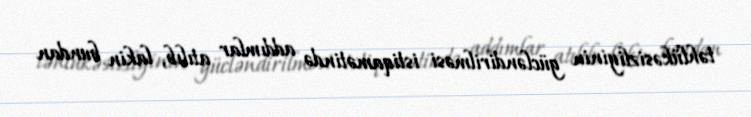
təhlükəsizliyinin gücləndirilməsi istiqamətində addımlar atılıb, lakin bundan